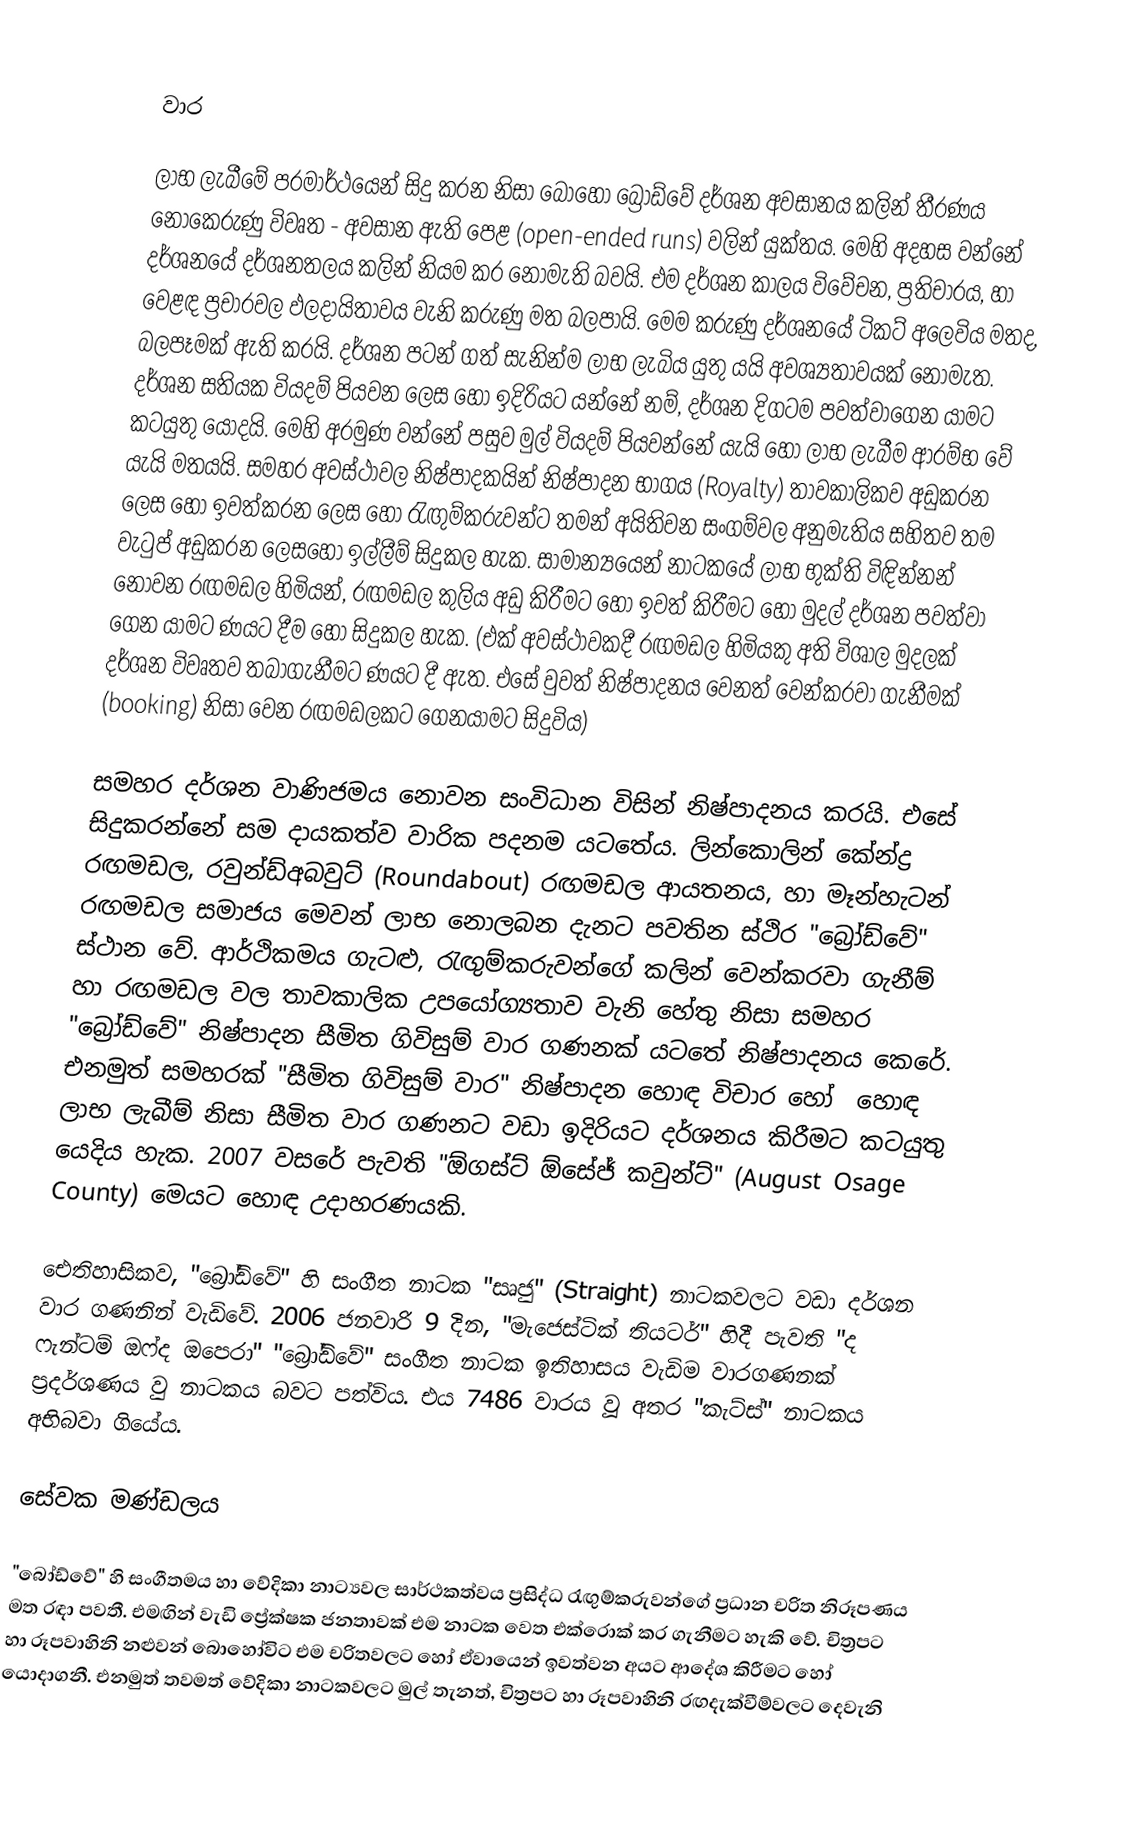

වාර

ලාභ ලැබීමේ පරමාර්ථයෙන් සිදු කරන නිසා බොහෝ බ්‍රෝඩ්වේ දර්ශන අවසානය කලින් තීරණය නොකෙරුණු විවෘත - අවසාන ඇති පෙළ (open-ended runs) ‍වලින් යුක්තය. මෙහි අදහස වන්නේ දර්ශනයේ දර්ශනතලය කලින් නියම කර නොමැති බවයි. එම දර්ශන කාලය විවේචන, ප්‍රතිචාරය, හා වෙළඳ ප්‍රචාරවල ඵලදායිතාවය වැනි කරුණු මත බලපායි. මෙම කරුණු දර්ශනයේ ටිකට් අලෙවිය මතද, බලපෑමක් ඇති කරයි. දර්ශන පටන් ගත් සැනින්ම ලාභ ලැබිය යුතු යයි අවශ්‍යතාවයක් නොමැත. දර්ශන සතියක වියදම් පියවන ලෙස හෝ ඉදිරියට ‍යන්නේ නම්, දර්ශන දිගටම පවත්වාගෙන යාමට කටයුතු යොදයි. මෙහි අරමුණ වන්නේ පසුව මුල් වියදම් පියවන්නේ යැයි හෝ ලාභ ලැබීම ආරම්භ වේ යැයි මතයයි. සමහර අවස්ථාවල නිෂ්පාදකයින් නිෂ්පාදන භාගය (Royalty) තාවකාලිකව අඩුකරන ලෙස හෝ ඉවත්කරන ලෙස හෝ රැඟුම්කරුවන්ට තමන් අයිතිවන සංගම්වල අනුමැතිය සහිතව තම වැටුප් අඩුකරන ලෙස‍හෝ ඉල්ලීම් සිදුකල හැක. සාමාන්‍යයෙන් නාටකයේ ලාභ භුක්ති විඳින්නන් නොවන රඟමඩල හිමියන්, රඟමඩල කුලිය අඩු කිරීමට හෝ ඉවත් කිරීමට හෝ මුදල් දර්ශන පවත්වා ගෙන යාමට ණයට දීම හෝ සිදුකල හැක. (එක් අවස්ථාවකදී රඟමඩල හිමියකු අති විශාල මුදලක් දර්ශන විවෘතව තබාගැනීමට ණයට දී ඇත. එසේ වුවත් නිෂ්පාදනය වෙනත් වෙන්කරවා ගැනීමක් (booking) නිසා වෙන රඟමඩලකට ගෙනයාමට සිදුවිය)

සමහර දර්ශන වාණිජමය නොවන සංවිධාන විසින් නිෂ්පාදනය කරයි. එසේ සිදුකරන්නේ සම දායකත්ව වාරික පදනම යටතේය. ලින්කොලින් කේන්ද්‍ර රඟමඩල, රවුන්ඩ්අබවුට් (Roundabout) රඟමඩල ආයතනය, හා මෑන්හැටන් රඟමඩල සමාජය මෙවන් ලාභ නොලබන දැනට පවතින ස්ථිර "බ්‍රෝඩ්වේ" ස්ථාන වේ. ආර්ථිකමය ගැටළු, රැඟුම්කරුවන්ගේ කලින් වෙන්කරවා ගැනීම් හා රඟමඩල වල තාවකාලික උපයෝග්‍යතාව වැනි හේතු නිසා සමහර "බ්‍රෝඩ්වේ" නිෂ්පාදන සීමිත ගිවිසුම් වාර ගණනක් යටතේ නිෂ්පාදනය කෙරේ. එනමුත් සමහරක් "සීමිත ගිවිසුම් වාර" නිෂ්පාදන හොඳ විචාර හෝ ‍ හොඳ ලාභ ලැබීම් නිසා සීමිත වාර ගණනට වඩා ඉදිරියට දර්ශනය කිරීමට කටයුතු යෙදිය හැක. 2007 වසරේ පැවති "ඕගස්ට් ඕසේජ් කවුන්ට්" (August Osage County) මෙයට හොඳ උදාහරණයකි.

‍ඓතිහාසිකව, "බ්‍රෝඩ්වේ" හි සංගීත නාටක "සෘජු" (Straight) නාටකවලට වඩා දර්ශන වාර ගණනින් වැඩිවේ. 2006 ජනවාරි 9 දින, "මැජෙස්ටික් තියටර්" හිදී පැවති "ද ‍ෆැන්ටම් ඔෆ්ද ඔපෙරා" "බ්‍රෝඩ්වේ" සංගීත නාටක ඉතිහාසය වැඩිම වාරගණනක් ප්‍රදර්ශණය වු නාටකය බවට පත්විය. එය 7486 වාරය වූ අතර "කැට්ස්" නාටකය අභිබවා ගියේය.

සේවක මණ්ඩලය

"බෝඩ්වේ" හි සංගීතමය හා වේදිකා නාට්‍යවල සාර්ථකත්වය ප්‍රසිද්ධ රැඟුම්කරුවන්ගේ ප්‍රධාන චරිත නිරූපණය මත රඳා පවතී. එමඟින් වැඩි ප්‍රේක්ෂක ජනතාවක් එම නාටක වෙත එක්රොක් කර ගැනීමට හැකි වේ. චිත්‍රපට හා රූපවාහිනි නළුවන් බොහෝවිට එම චරිතවලට හෝ ඒවායෙන් ඉවත්වන අයට ආදේශ කිරීමට හෝ යොදාගනී. එනමුත් ‍තවමත් වේදිකා නාටකවලට  මුල් තැනත්, චිත්‍රපට හා රූපවාහිනි රඟදැක්වීම්වලට දෙවැනි